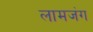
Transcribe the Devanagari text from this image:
लामजंग